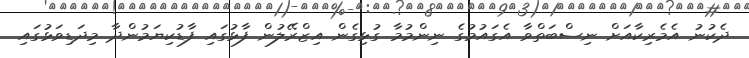
ދެކުނު އެމެރިކާއަށް ނިސްބަތްވާ އެގައުމުގެ ނިންމުމާ ގުޅިގެން އިޒްރޭލުން ފާޅުގައި ފާޑުކިޔަމުންދާ މިދަޑިވަޅުގައި